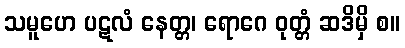
သမူဟေ ပဋလံ နေတ္တ၊ ရောဂေ ဝုတ္တံ ဆဒိမှိ စ။